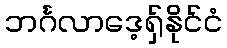
ဘင်္ဂလာဒေ့ရှ်နိုင်ငံ